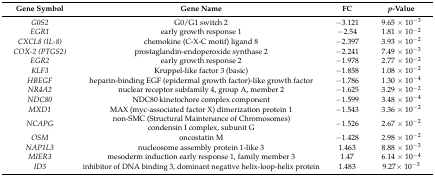
<table><thead><tr><td><b>Gene Symbol</b></td><td><b>Gene Name</b></td><td><b>FC</b></td><td><b><i>p</i>-Value</b></td></tr></thead><tbody><tr><td><i>G0S2</i></td><td>G0/G1 switch 2</td><td>−3.121</td><td>9.65 × 10<sup>−3</sup></td></tr><tr><td><i>EGR1</i></td><td>early growth response 1</td><td>−2.54</td><td>1.81 × 10<sup>−2</sup></td></tr><tr><td><i>CXCL8 (IL-8)</i></td><td>chemokine (C-X-C motif) ligand 8</td><td>−2.397</td><td>3.93 × 10<sup>−2</sup></td></tr><tr><td><i>COX-2 (PTGS2)</i></td><td>prostaglandin-endoperoxide synthase 2</td><td>−2.241</td><td>7.49 × 10<sup>−3</sup></td></tr><tr><td><i>EGR2</i></td><td>early growth response 2</td><td>−1.978</td><td>2.77 × 10<sup>−2</sup></td></tr><tr><td><i>KLF3</i></td><td>Kruppel-like factor 3 (basic)</td><td>−1.858</td><td>1.08 × 10<sup>−2</sup></td></tr><tr><td><i>HBEGF</i></td><td>heparin-binding EGF (epidermal growth factor) -like growth factor</td><td>−1.786</td><td>1.30 × 10<sup>−4</sup></td></tr><tr><td><i>NR4A2</i></td><td>nuclear receptor subfamily 4, group A, member 2</td><td>−1.625</td><td>3.29 × 10<sup>−2</sup></td></tr><tr><td><i>NDC80</i></td><td>NDC80 kinetochore complex component</td><td>−1.599</td><td>3.48 × 10<sup>−4</sup></td></tr><tr><td><i>MXD1</i></td><td>MAX (myc-associated factor X) dimerization protein 1</td><td>−1.543</td><td>3.36 × 10<sup>−2</sup></td></tr><tr><td><i>NCAPG</i></td><td>non-SMC (Structural Maintenance of Chromosomes) condensin I complex, subunit G</td><td>−1.526</td><td>2.67 × 10<sup>−2</sup></td></tr><tr><td><i>OSM</i></td><td>oncostatin M</td><td>−1.428</td><td>2.98 × 10<sup>−2</sup></td></tr><tr><td><i>NAP1L3</i></td><td>nucleosome assembly protein 1-like 3</td><td>1.463</td><td>8.88 × 10<sup>−3</sup></td></tr><tr><td><i>MIER3</i></td><td>mesoderm induction early response 1, family member 3</td><td>1.47</td><td>6.14 × 10<sup>−4</sup></td></tr><tr><td><i>ID3</i></td><td>inhibitor of DNA binding 3, dominant negative helix-loop-helix protein</td><td>1.483</td><td>9.27× 10<sup>−3</sup></td></tr></tbody></table>